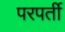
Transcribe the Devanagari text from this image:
परपर्ती